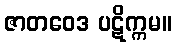
ဇာတဝေဒ ပဋိက္ကမ။